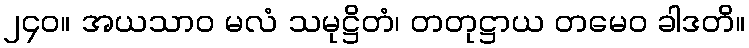
၂၄၀။ အယသာဝ မလံ သမုဋ္ဌိတံ၊ တတုဋ္ဌာယ တမေဝ ခါဒတိ။